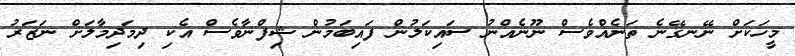
މީހަކަށް ނޭނގޭނެ ތަނެއްވެސް ނޫނެއްނު ސައިކަލުން ފައިބަމުން ޝިފްނާވެސް އެކި ދިމަދިމާލަށް ނަޒަރު